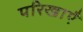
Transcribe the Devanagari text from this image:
परिखाएँ